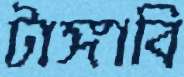
টাঙ্গাবি